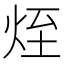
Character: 𤈜